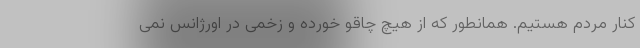
کنار مردم هستیم. همانطور که از هیچ چاقو خورده و زخمی در اورژانس نمی